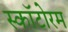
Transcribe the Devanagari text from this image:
स्कॉटोरम